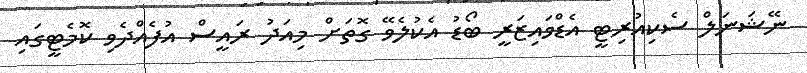
ނޭޝަނަލް ސެކިއުރިޓީ އެޑްވައިޒަރީ ބޯޑު އެކުލެވޭ ގޮތަށް މިއަދު ރައީސް އުފެއްދެވި ކޮމެޓީގައި